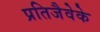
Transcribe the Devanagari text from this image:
प्रतिजैवेके